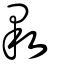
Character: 斁